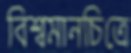
বিশ্বমানচিত্রে